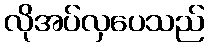
လိုအပ်လှပေသည်